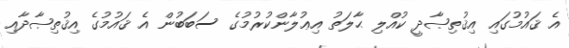
އެ ޤައުމުގައި އިޤުތިޞާދީ ކުއްލި ޙާލަތު އިޢުލާންކުރުމުގެ ސަބަބުން އެ ޤައުމުގެ އިޤުތިޞާދާއި